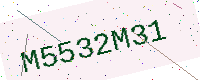
Text: M5532M31